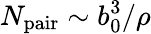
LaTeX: N_{\mathrm{pair}}\sim b_{0}^{3}/\rho